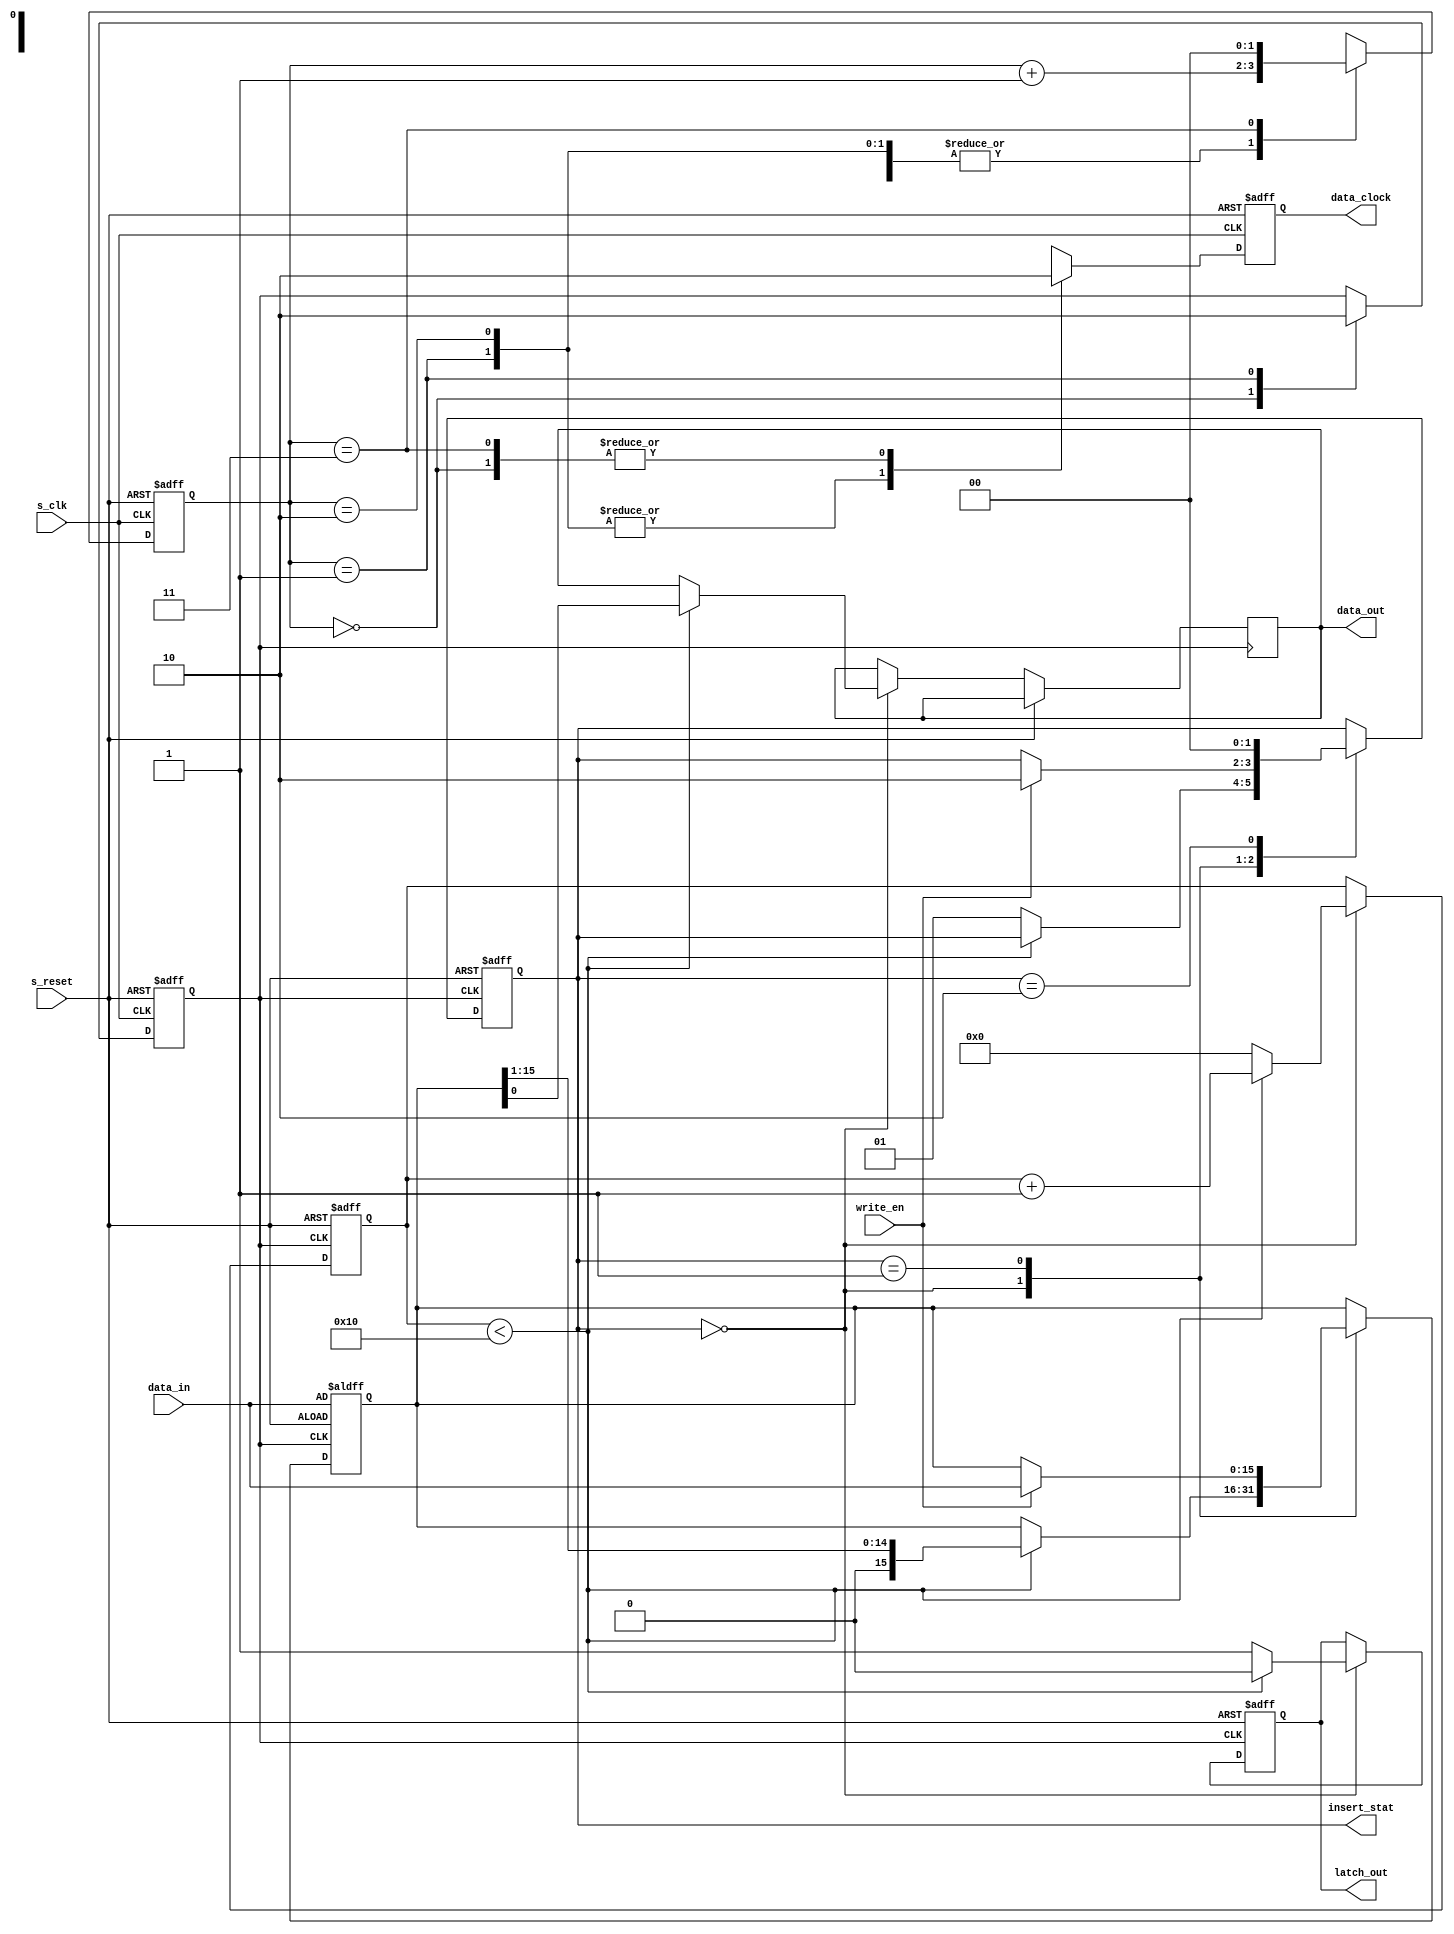
module control_74HC595D(
    input wire s_clk,
    input wire s_reset,
    input wire [15:0] data_in,
    input wire write_en,
    output reg [1:0]insert_stat,
    output reg data_out,
    output reg latch_out,
    output reg data_clock
    );

reg [15:0] shift_register;
reg [7:0]  counter;
reg        can_write;
reg [1:0]  stat ;

always @(posedge s_clk or posedge s_reset) begin
    if (s_reset) begin
        data_clock <= 'b0;
        stat <='b0;
        can_write<='b0;
    end
    else begin
        case (stat)
            2'd0: begin
                data_clock <= 'b0;
                stat <= stat+'b1;
                can_write<='b1;
            end
            2'd1: begin
                data_clock <= 'b1; 
                stat <= stat+'b1;
                can_write<='b0;
            end
            2'd2: begin
                data_clock <= 'b1; 
                stat <= stat+'b1;
            end
            2'd3: begin
                data_clock <= 'b0;
                stat <= 'b0;
            end
        endcase
    end
end


always @(posedge can_write or posedge s_reset) begin
    if (s_reset) begin
        shift_register <= data_in;
        counter <= 8'b0;
        latch_out = 1'b0;
        insert_stat = 'b0;

    end else begin
        case (insert_stat)
            'b0:begin // insert mode
                if (counter < 8'd16) begin
                    latch_out <= 1'b0;
                    // 
                    data_out <= shift_register[0];
                    shift_register <= shift_register>>1;
                    counter <= counter + 1;
                end 
                else begin
                    // 
                    latch_out <= 1'b1;
                    counter <= 8'b0;
                    insert_stat<='b1;
                end
            end 
            'b1:begin
                if (write_en) begin
                    shift_register <= data_in;
                    insert_stat <= 'd2;
                end
            end
            'd2:begin
                insert_stat <= 'b0;
            end
        endcase
    end
end

endmodule